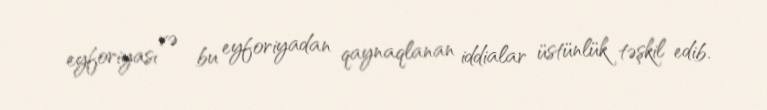
eyforiyası və bu eyforiyadan qaynaqlanan iddialar üstünlük təşkil edib.